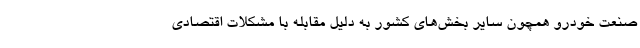
صنعت خودرو همچون سایر بخش‌های کشور به دلیل مقابله با مشکلات اقتصادی